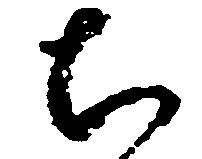
ち